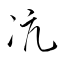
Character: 沆